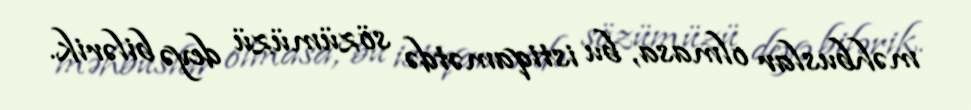
məhbuslar olmasa, bu istiqamətdə sözümüzü deyə bilərik.